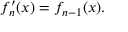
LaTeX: f _ { n } ^ { \prime } ( x ) = f _ { n - 1 } ( x ) .